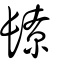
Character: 镽